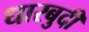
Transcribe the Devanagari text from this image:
धारबुदी